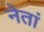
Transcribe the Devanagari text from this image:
नेतां